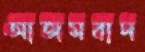
আজমবাদ